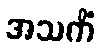
အသကိံ